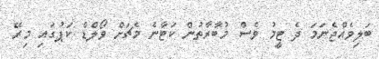
ބަލިވެއްޖެނަމަ ދެ ޓީމު ވެސް މުބާރާތުން ކަޓާނެ މެޗަށް ވޯލްޑް ކަޕުގައި މިރޭ